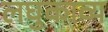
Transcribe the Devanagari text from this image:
लघुकाव्य